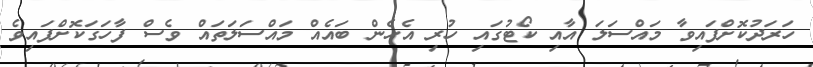
ހަރަދުކޮށްފައިވާ މައްސަލަ އާއި ކޯޓުގައި ހުރި އެހެން ބައެއް މައްސަލަތައް ވެސް ފާހަގަކޮށްފައިވެ